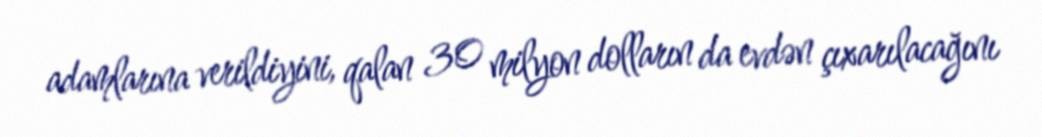
adamlarına verildiyini, qalan 30 milyon dolların da evdən çıxarılacağını